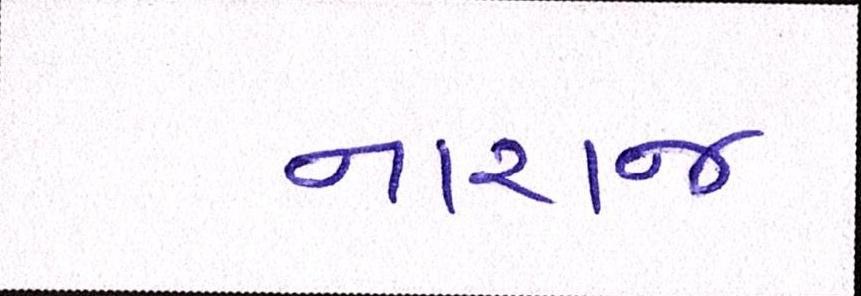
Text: નારાજ